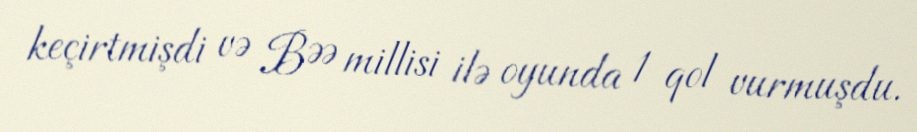
keçirtmişdi və BƏƏ millisi ilə oyunda 1 qol vurmuşdu.